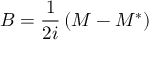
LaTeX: B = { \frac { 1 } { 2 i } } \left( M - M ^ { * } \right)